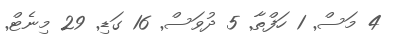
4 މަސް